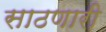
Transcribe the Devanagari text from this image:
साठणारी